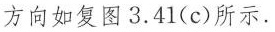
方向如复图3.41(c)所示.